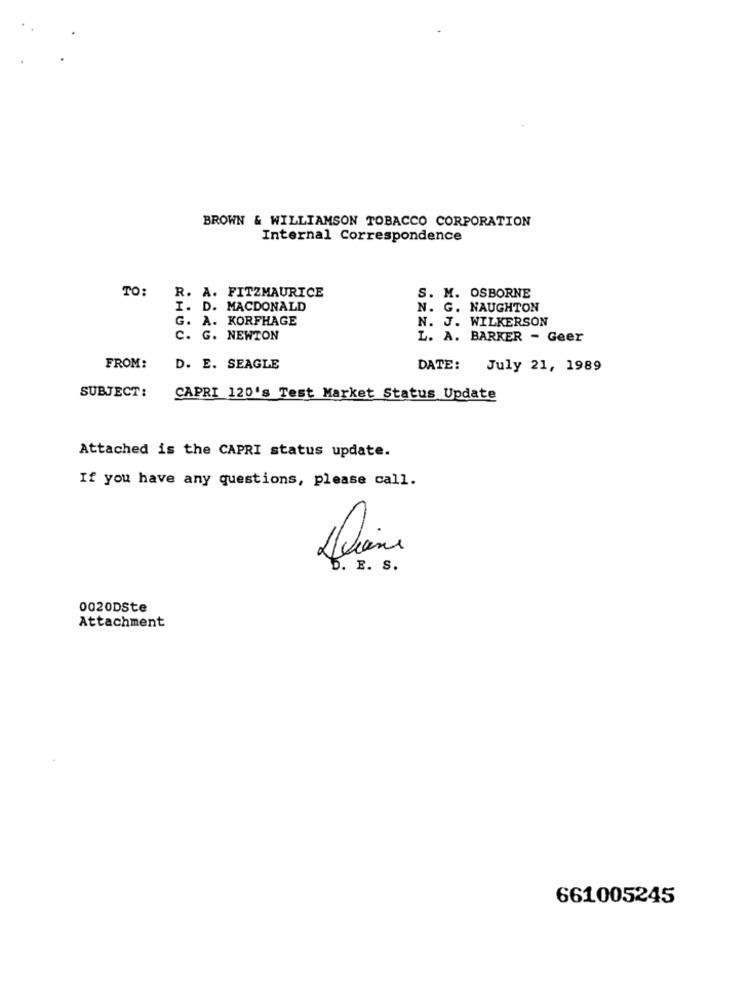
BROWN & WILLIAMSON TOBACCO CORPORATION
Internal Correspondence
TO: R. A. FITZMAURICE
S. M. OSBORNE
I. D. MACDONALD
N. G. NAUGHTON
G. A. KORFHAGE
N. J. WILKERSON
C. G. NEWTON
L. A. BARKER - Geer
FROM:
D. E. SEAGLE
DATE: July 21, 1989
SUBJECT:
CAPRI 120's Test Market Status Update
Attached is the CAPRI status update.
If you have any questions, please call.
D. E. S.
0020DSte
Attachment
661005245